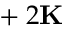
\mathbf { \varepsilon } + 2 \mathbf { K }